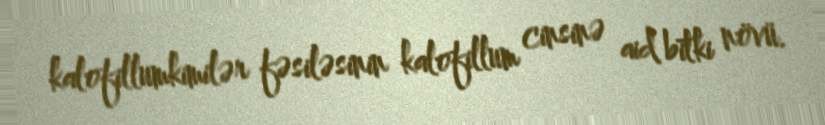
kalofillumkimilər fəsiləsinin kalofillum cinsinə aid bitki növü.